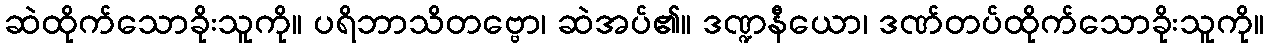
ဆဲထိုက်သောခိုးသူကို။ ပရိဘာသိတဗ္ဗော၊ ဆဲအပ်၏။ ဒဏ္ဍနီယော၊ ဒဏ်တပ်ထိုက်သောခိုးသူကို။